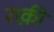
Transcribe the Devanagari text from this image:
राक़ी